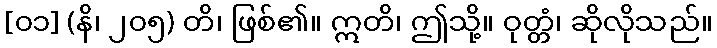
[၀၁] (နိ၊ ၂၀၅) တိ၊ ဖြစ်၏။ ဣတိ၊ ဤသို့။ ဝုတ္တံ၊ ဆိုလိုသည်။